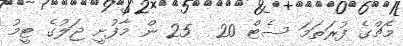
މެޗްގެ ފުރަތަމަ ސެޓް 20  25 ން މާފުށީ ޖަލުގެ ޓީމު